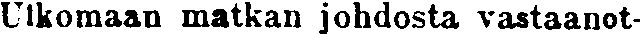
Ulkomaan matkan johdosta vastaanot-